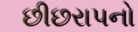
છીછરાપનો